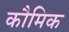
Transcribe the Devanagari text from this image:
कौमिक